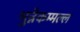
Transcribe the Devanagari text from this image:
भुन्नेकम्मल्ल